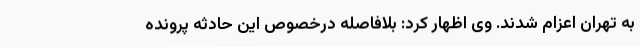
به تهران اعزام شدند. وی اظهار کرد: بلافاصله درخصوص این حادثه پرونده